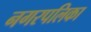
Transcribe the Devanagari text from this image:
नगरपलिका